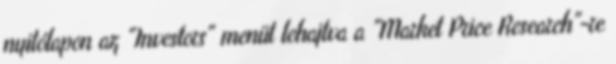
nyitólapon az "Investors" menüt lehajtva a "Market Price Research"-re